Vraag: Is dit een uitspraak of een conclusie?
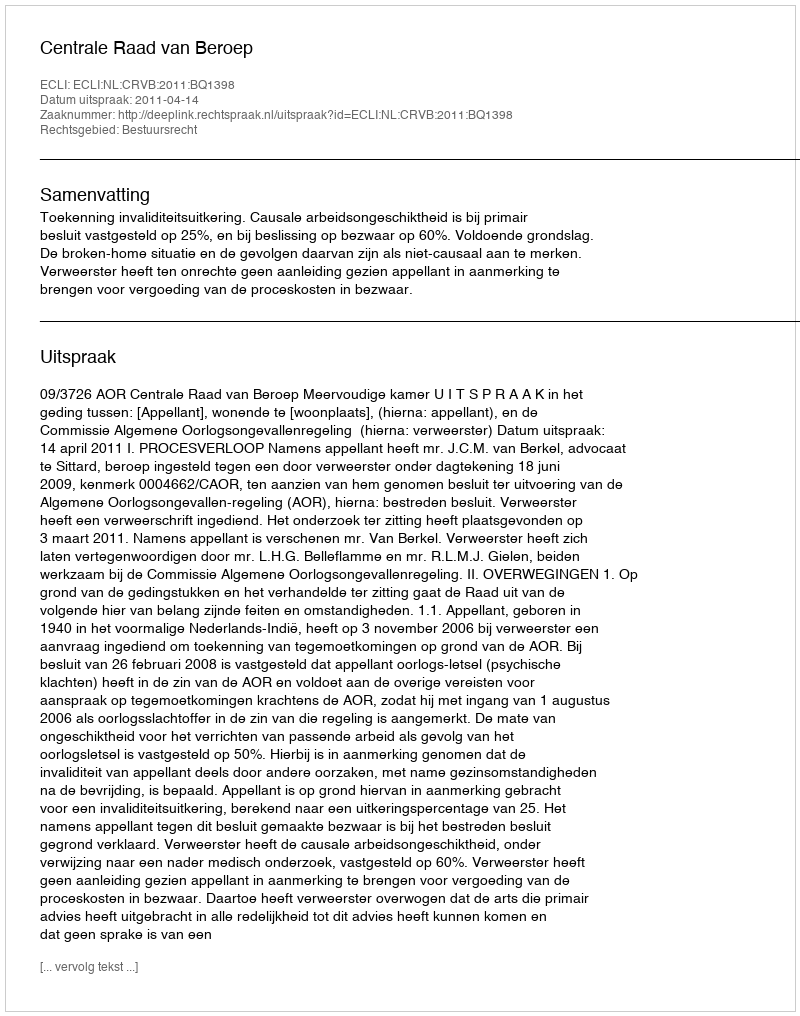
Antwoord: Uitspraak